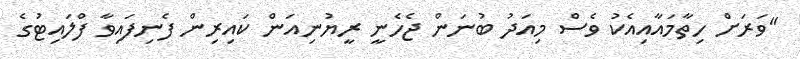
"ވަރަށް ހިތާމައާއިއެކު ވެސް މިއަދު ބުނަން ޖެހެނީ ރީޔުނިއަން ކައިރިން ފެނިފައިވާ ފްލައިޓުގެ